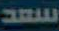
سعد